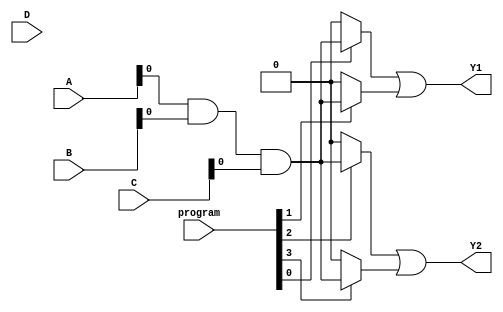
module PAL (
    input wire [2:0] A,      // 3 input signals
    input wire [2:0] B,      // 3 input signals
    input wire [2:0] C,      // 3 input signals
    input wire [2:0] D,      // 3 input signals
    input wire [3:0] program, // Programming input for AND gates
    output wire Y1,          // Output 1
    output wire Y2           // Output 2
);

// Number of AND gates
parameter NUM_AND_GATES = 4;

// AND gate outputs
wire [NUM_AND_GATES-1:0] and_out;

// Programmable AND array
generate
    genvar i;
    for (i = 0; i < NUM_AND_GATES; i = i + 1) begin : and_array
        assign and_out[i] = (program[i] == 1'b1) ? (A[0] & B[0] & C[0]) : 1'b0; // Example logic
        // You can customize the logic here based on the programming input
    end
endgenerate

// Fixed OR array
assign Y1 = and_out[0] | and_out[1]; // OR gate 1
assign Y2 = and_out[2] | and_out[3]; // OR gate 2

endmodule